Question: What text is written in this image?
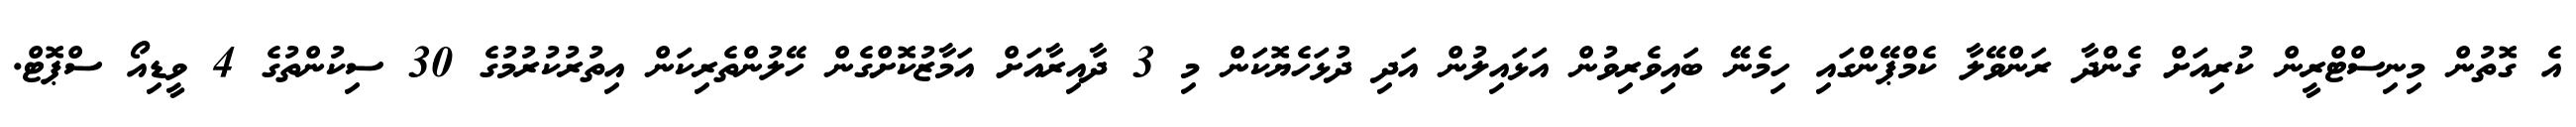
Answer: އެ ގޮތުން މިނިސްޓްރީން ކުރިއަށް ގެންދާ ރަންވޭލާ ކެމްޕޭންގައި ހިމެނޭ ބައިވެރިވުން އަޅައިލުން އަދި ދުޅަހެޔޮކަން މި 3 ދާއިރާއަށް އަމާޒުކޮށްގެން ހޭލުންތެރިކަން އިތުރުކުރުމުގެ 30 ސިކުންތުގެ 4 ވީޑިއޯ ސްޕޮޓް.